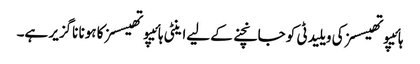
ہائیپوتھیسسز کی ویلیدٹی کو جانچنے کے لیےاینٹی ہائیپوتھیسسز کا ہونا ناگزیر ہے۔